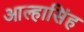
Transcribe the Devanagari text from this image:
आल्हासिंह